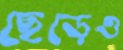
ছেড়েও